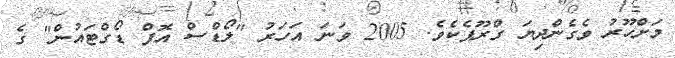
މަށްހޫރު ވެގެންދިޔަ ގްރޫޕެކެވެ. 2005 ވަނަ އަހަރު "ލޯޑްސް އޮފް ޑޯގްޓައުން" ގެ